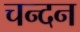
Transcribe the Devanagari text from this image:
चन्‍दन